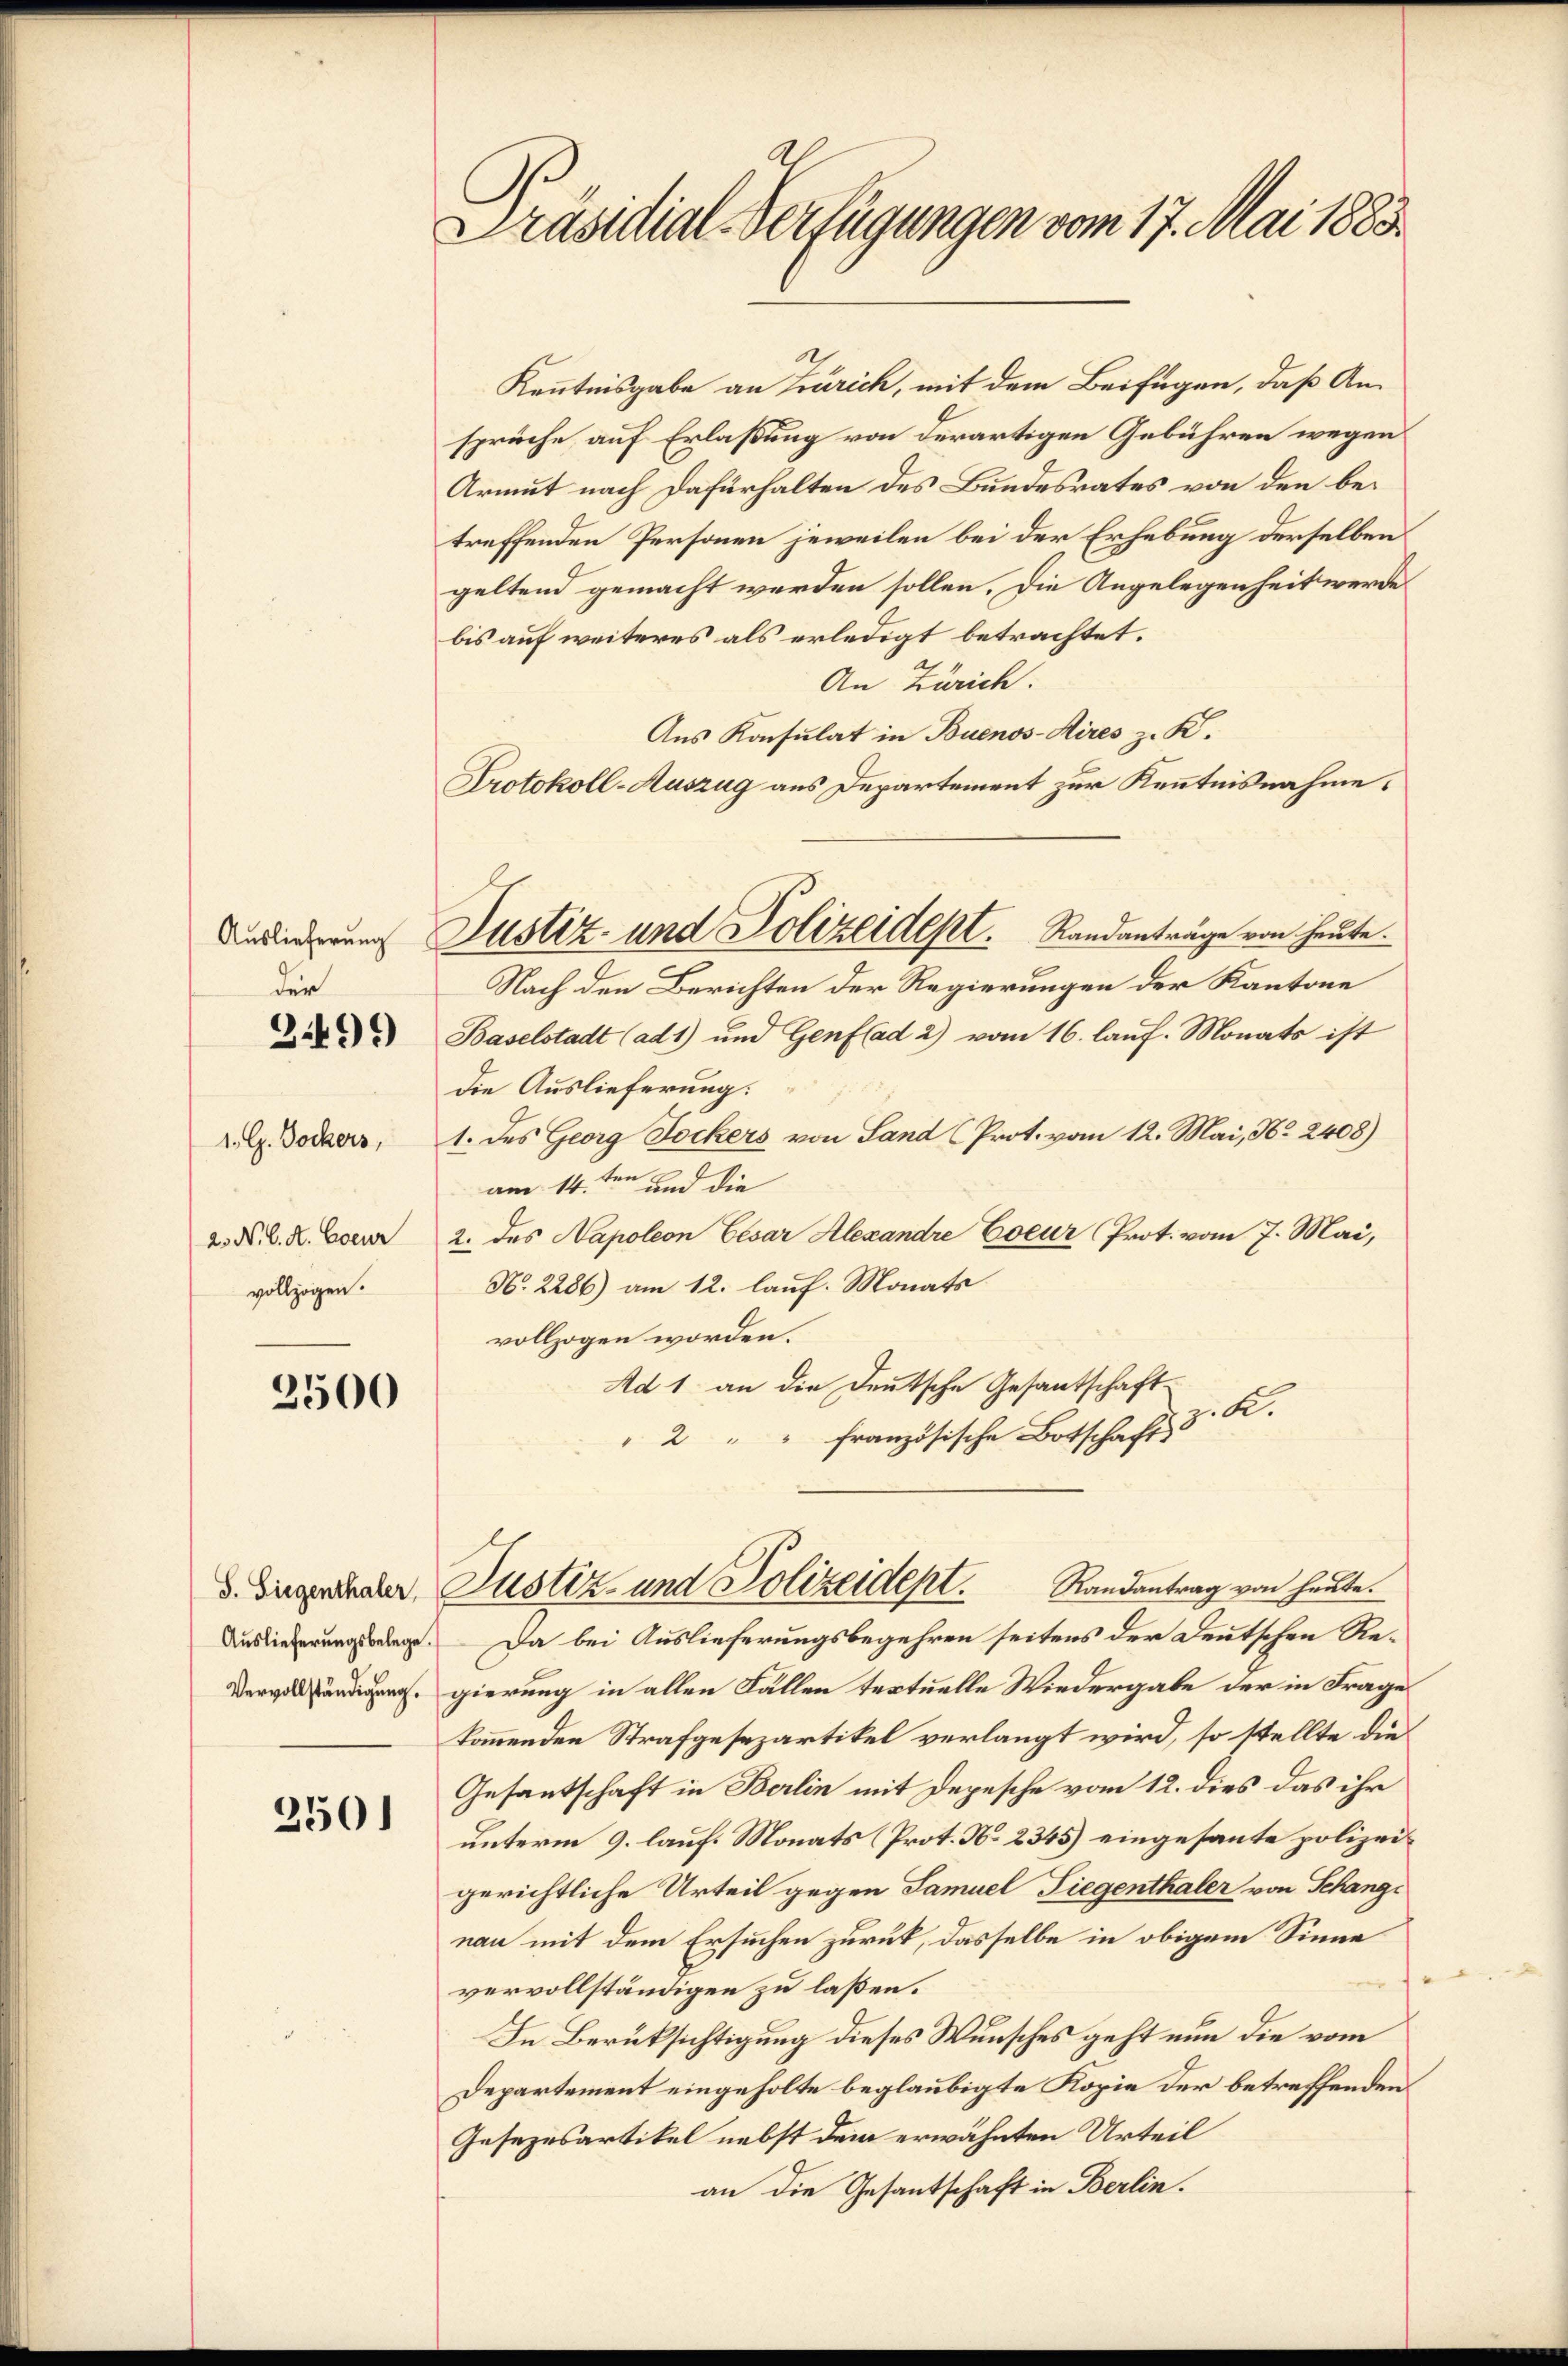
Auslieferung
der

3499)

1. G. Bockers,
2. N. C. R. Eoeur
vollzogen.

2500

250)

Präsidial-Verfügungen vom 17. Mai 1883.

Kenntnisgabe an Zürich, mit dem Beifügen, daß Ansprüche auf Erlaßung von derartigen Gebühren wegen
Armut nach Dafürhalten des Bundesrates von den betreffenden Personen jeweilen bei der Erhebung derselben
geltend gemacht werden sollen. Die Angelegenheit werde
bis auf weiteres als erledigt betrachtet.
An Zürich.
Aus Konsulat in Buenos-Aires z. K.
Protokoll-Auszug aus Departement zur Kenntnisnahme,
Nach den Berichten der Regierungen der Kantone
Baselstadt (ad 1) und Genflad 2) vom 16. lauf. Monats ist
die Auslieferung.
1. des Georg Dockers von Land (Prot. vom 12. Mai, No 2408)
am 14ten und die
2. des Napoleon Cesar Alexandre Eoeur Prot. vom 7. Mai,
N. 2286) am 12. lauf. Monats
vollzogen worden.
Ad 1 an die Deutsche Gesantschaft
.
" 2 " " französische Botschaft 3
Randantrag von heute.
d. Eigenchaler Justiz- und Polizeident.
Ausliederungsbelegt. Da bei Auslieferungsbegehren seitens der Deutschen Regierung in allen Fällen textuelle Wiedergabe der in Frage
kommenden Strafgesezartikel verlangt wird, so stellte die
Gesantschaft in Berlin mit Depesche vom 12. dies das ihr
unterm 9. lauf. Monats (Prot. N. 2345) eingesante polizeigerichtliche Urteil gegen Samuel Siegenthaler von Schang
nau mit dem Ersuchen zurück, dasselbe in obigem Sinne
vervollständigen zu laßen.
In Berüksichtigung dieses Wunsches geht nun die vom
Departement eingeholte beglaubigte Kopie der betreffenden
Gesezesartikel nebst dem erwähnten Urteil
an die Gesantschaft in Berlin.

Justiz- und Polizeidept. Randanträge von heute.